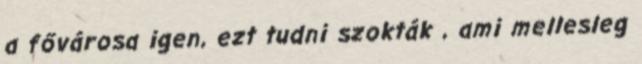
a fővárosa igen, ezt tudni szokták , ami mellesleg